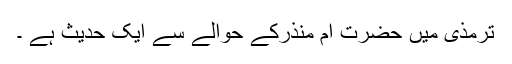
ترمذی میں حضرت ام منذرؓکے حوالے سے ایک حدیث ہے ۔